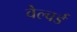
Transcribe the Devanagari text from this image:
वैल्वर्ड